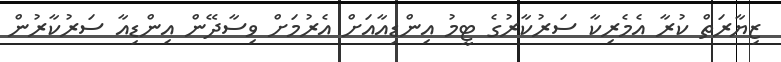
ޒިޔާރަތް ކުރާ އެމެރިކާ ސަރުކާރުގެ ޓީމު އިންޑިއާއަށް އެރުމަށް ވިސާދޭން އިންޑިއާ ސަރުކާރުން